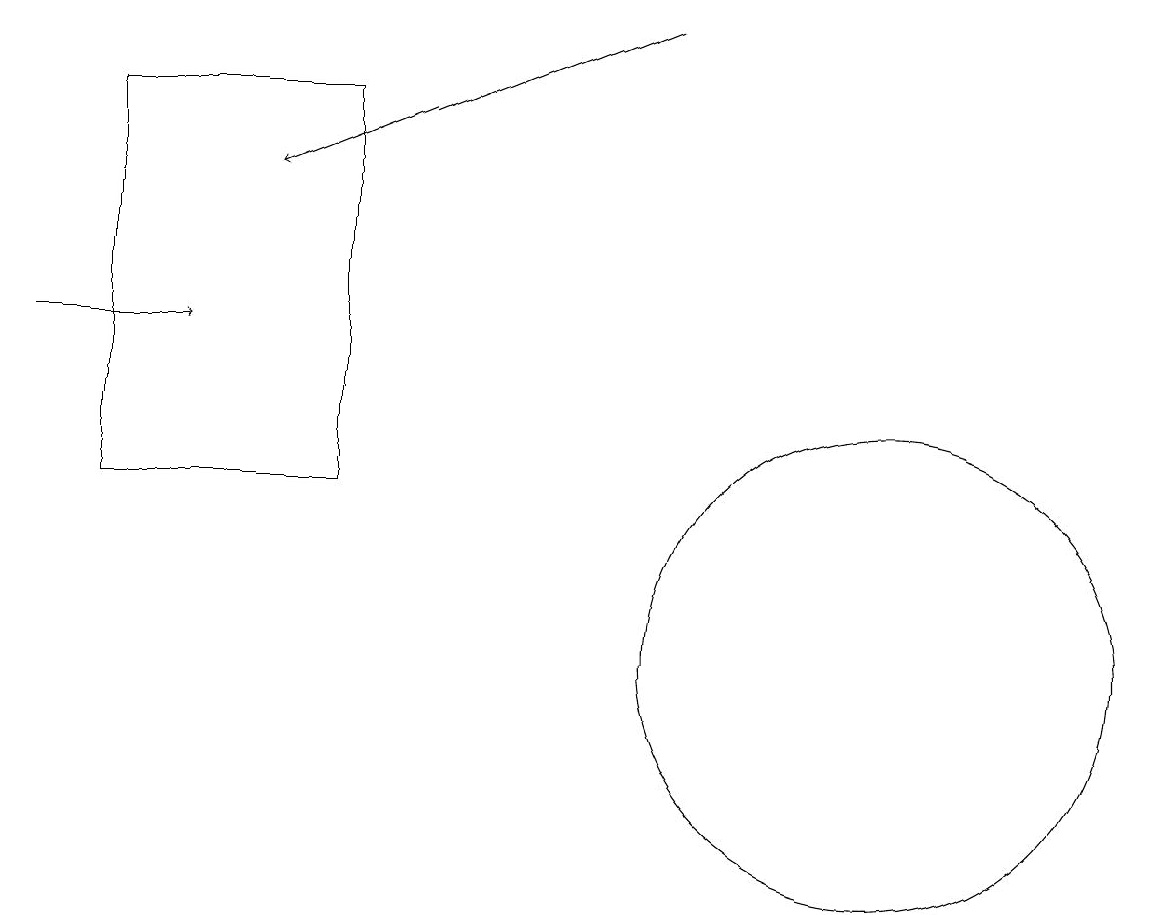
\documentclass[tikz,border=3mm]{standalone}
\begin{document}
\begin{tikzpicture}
\draw[->] (9,18) -- (4,16);
\draw[->] (1,14) -- (3,14);
\draw (12,10) circle (3);
\draw (5,12) rectangle (2,17);
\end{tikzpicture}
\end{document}